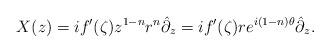
LaTeX: \begin{align*}X(z)=if'(\zeta)z^{1-n}r^n\hat{\partial}_z=if'(\zeta)re^{i(1-n)\theta}\hat{\partial}_z.\end{align*}